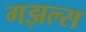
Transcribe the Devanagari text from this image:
गझल्स